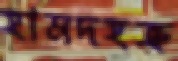
হামদহত্রু